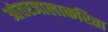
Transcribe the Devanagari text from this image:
आंतरजालाकरिता